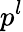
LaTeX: p^{l}